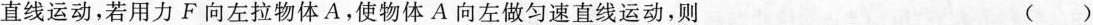
直线运动，若用力F向左拉物体A，使物体A向左做匀速直线运动，则()